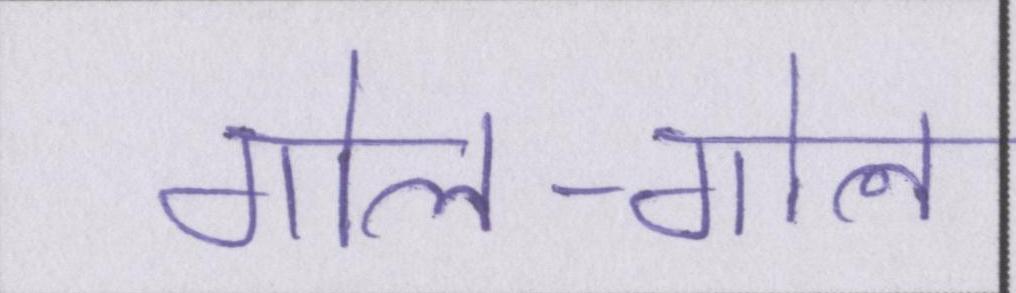
गोल-गोल